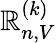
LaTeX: \mathbb{R}_{n,V}^{(k)}